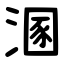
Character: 溷